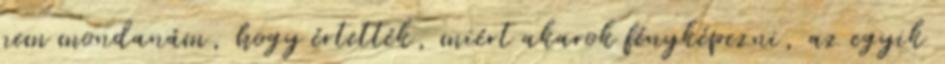
nem mondanám, hogy értették, miért akarok fényképezni, az egyik